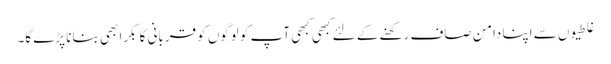
غلطیوں سے اپنا دامن صاف رکھنے کے لئے کبھی کبھی آپ کو لوگوں کو قربانی کا بکرا بھی بنانا پڑے گا۔